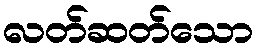
လတ်ဆတ်သော